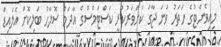
މިއިވެންޓުގެ ހަތަރު ވަނަ ޖާގަ ކަށަވަރުކުރީ ކަސްޓަމްސްގެ އާދަމް ސޮލާހު ބަލިކޮށް އެލައިޑް